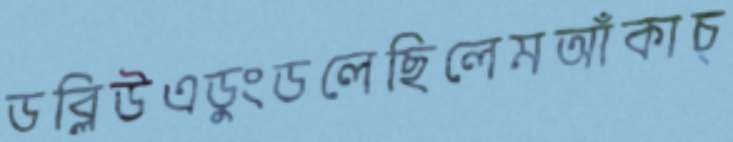
ডব্লিউএডুংডলেছিলেমআঁকাচ্